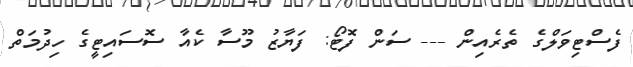
ފެސްޓިވަލްގެ ތެރެއިން --- ސަން ފޮޓޯ: ފަޔާޒު މޫސާ ކެއާ ސޮސައިޓީގެ ހިދުމަތް